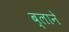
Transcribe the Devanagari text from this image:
ब्लाने